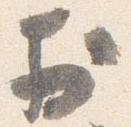
於